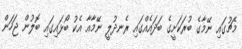
މެޗުގައި ނޭމާގެ ބުރަކަށީގެ ބަދައެއްގައި ރެނދުލީ ނޭމާއާ އެކު ބޯޅައިގައި ބޮލުން ޖަހަން